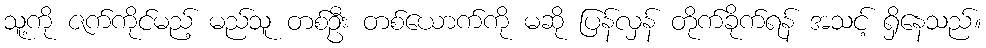
သူ့ကို ဇက်ကိုင်မည့် မည်သူ တစ်ဦး တစ်ယောက်ကို မဆို ပြန်လှန် တိုက်ခိုက်ရန် အသင့် ရှိနေသည်။